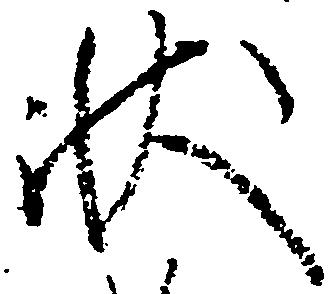
状